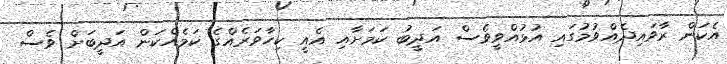
އެކަން ރާވައިދެއްވުމުގައި އުޅުއްވީވެސް އަދީބު ކަމަށާއި އެއީ ކިހާވަރެއްގެ ކަމެއްކަން އަދީބަށް ވެސް